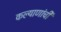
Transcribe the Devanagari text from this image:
कल्याणांची